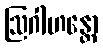
ဩဂါဟန္တော